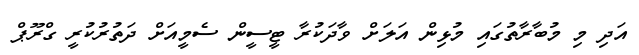
އަދި މި މުބާރާތުގައި މުޅިން އަލަށް ވާދަކުރާ ޓީސީން ސެމީއަށް ދަތުރުކުރީ ގްރޫޕް